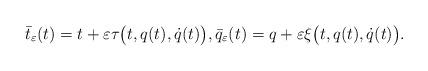
LaTeX: \begin{align*} \bar t_\varepsilon(t)=t+\varepsilon \tau\bigl(t,q(t),\dot q(t)\bigr), \bar q_\varepsilon(t)=q+\varepsilon \xi\bigl(t,q(t),\dot q(t)\bigr).\end{align*}